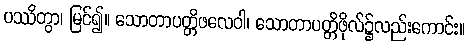
ပဿိတွာ၊ မြင်၍။ သောတာပတ္တိဖလေဝါ၊ သောတာပတ္တိဖိုလ်၌လည်းကောင်း။